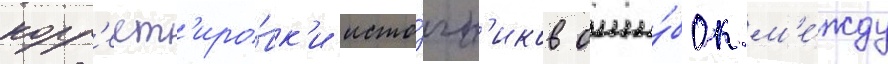
корр'ект'иро́вк'и исто́чн'иков оши́бок м'е́жду